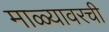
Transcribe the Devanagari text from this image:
माळ्यावरची